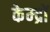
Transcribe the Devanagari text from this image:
केम्द्रों